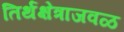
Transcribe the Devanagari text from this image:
तिर्थक्षेत्राजवळ